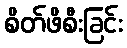
စိတ်ဖိစီးခြင်း